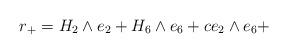
LaTeX: \begin{align*}r_{+}=H_{2}\wedge e_{2}+H_{6}\wedge e_{6}+ce_{2}\wedge e_{6}+\end{align*}